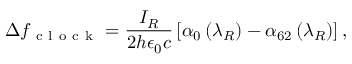
\Delta f _ { \mathrm { ~ c ~ l ~ o ~ c ~ k ~ } } = \frac { I _ { R } } { 2 h \epsilon _ { 0 } c } \left[ \alpha _ { 0 } \left( \lambda _ { R } \right) - \alpha _ { 6 2 } \left( \lambda _ { R } \right) \right] ,